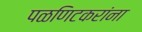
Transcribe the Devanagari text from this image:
पळणिटकरांना